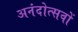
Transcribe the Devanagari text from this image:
अनंदोत्सवों